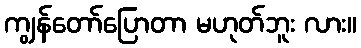
ကျွန်တော်ပြောတာ မဟုတ်ဘူး လား။